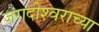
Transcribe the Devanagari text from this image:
जगदीश्‍वराच्या